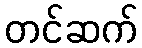
တင်ဆက်